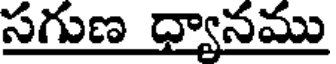
సగుణ ధ్యానము